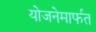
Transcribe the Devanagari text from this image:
योजनेमार्फत